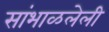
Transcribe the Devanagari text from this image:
सांभाळलेली